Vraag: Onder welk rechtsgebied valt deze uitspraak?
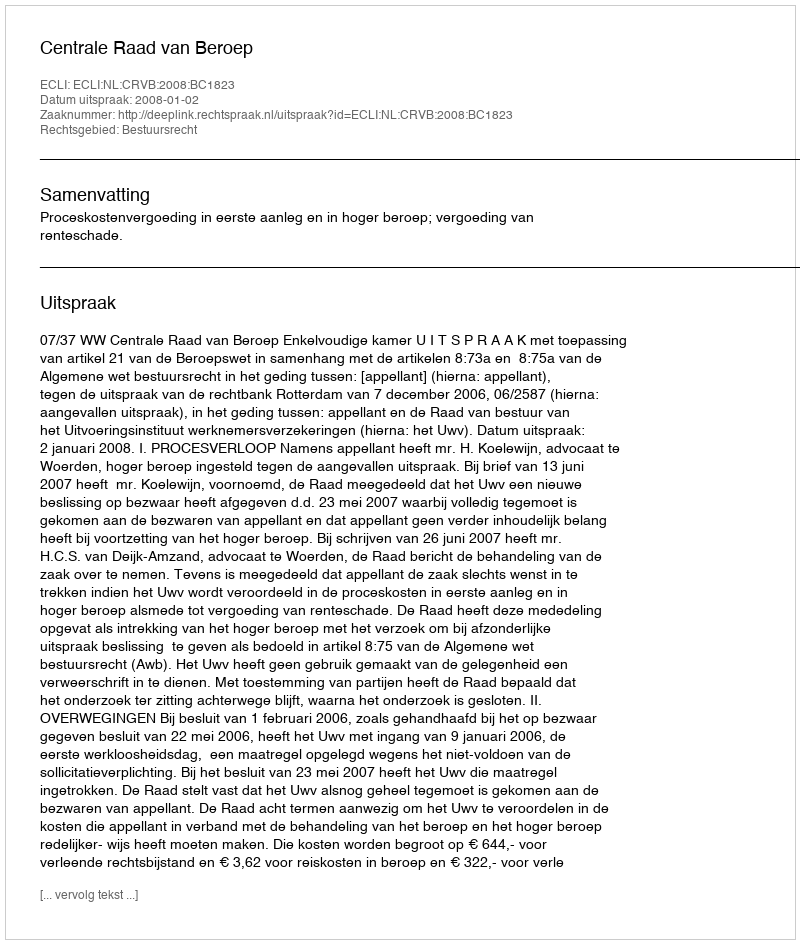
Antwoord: Bestuursrecht